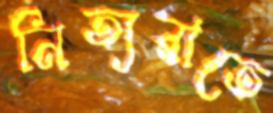
নিত্যরাতে